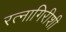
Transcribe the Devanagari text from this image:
रत्नागिरीशी